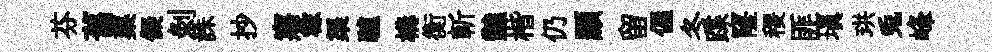
芬舊蕖儗剝誅抄寤稼渠驢構衡斬豔楷仍顯留偓冬蹀窿稷匪填珙兎峰